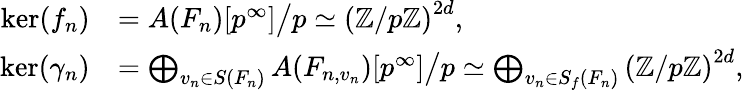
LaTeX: \begin{array}{rl}{\ker(f_{n})}&{=A(F_{n})[p^{\infty}]\big/{p}\simeq\left(\mathbb Z/p\mathbb Z\right)^{2d},}\\ {\ker(\gamma_{n})}&{=\bigoplus_{v_{n}\in S(F_{n})}A(F_{n,v_{n}})[p^{\infty}]\big/p\simeq\bigoplus_{v_{n}\in S_{f}(F_{n})}\left(\mathbb Z/p\mathbb Z\right)^{2d},}\end{array}